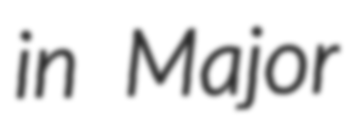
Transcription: in Major